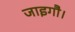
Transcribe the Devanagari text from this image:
जाइगौ।